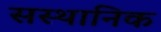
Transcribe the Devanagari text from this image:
सस्थानिक